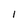
Character: 1